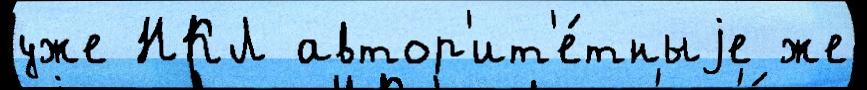
уже НКЛ автор'ит'е́тныjе же